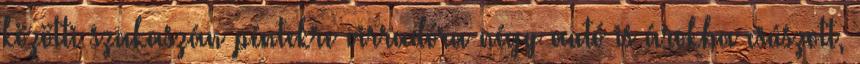
közötti szakaszán péntekre virradóra négy autó is árokba csúszott,